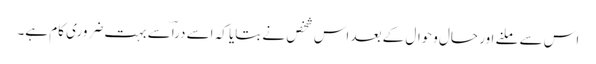
اس سے ملنے اور حال وحوال کے بعد اس شخص نے بتایا کہ اسے دراؔسے بہت ضروری کام ہے۔